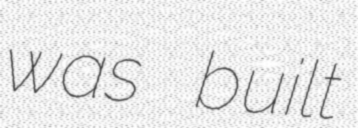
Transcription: was built